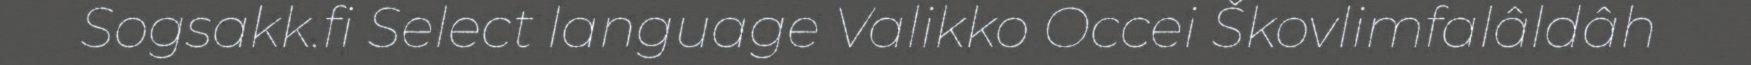
Sogsakk.fi Select language Valikko Occei Škovlimfalâldâh